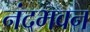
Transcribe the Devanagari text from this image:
नंदभवन